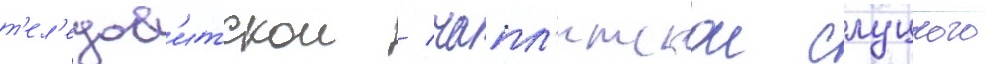
т'ел'едав'итскои / чапл'итскои слуцкого